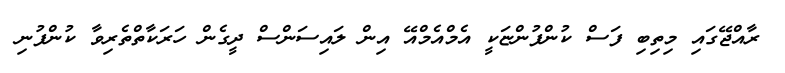
ރާއްޖޭގައި މިތިބި ފަސް ކުންފުންޏަކީ އެމްއެމްއޭ އިން ލައިސަންސް ދީގެން ހަރަކާތްތެރިވާ ކުންފުނި